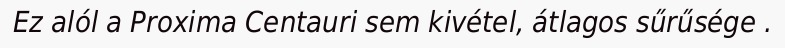
Ez alól a Proxima Centauri sem kivétel, átlagos sűrűsége .